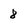
Character: 8